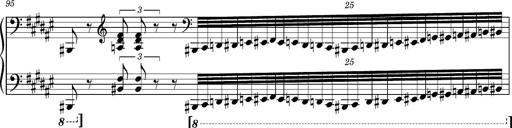
Title: Cavatine de Robert le Diable
Composer: Franz Liszt
Key: F-sharp minor